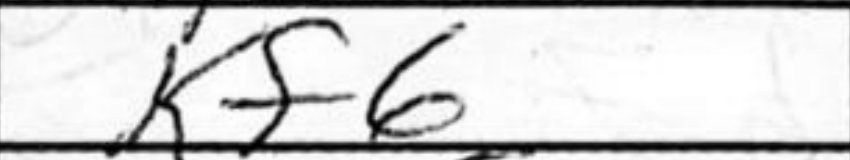
Transcription: Kf6